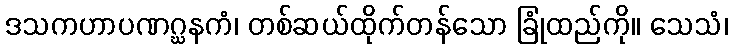
ဒသကဟာပဏဂ္ဃနကံ၊ တစ်ဆယ်ထိုက်တန်သော ခြုံထည်ကို။ သေသံ၊